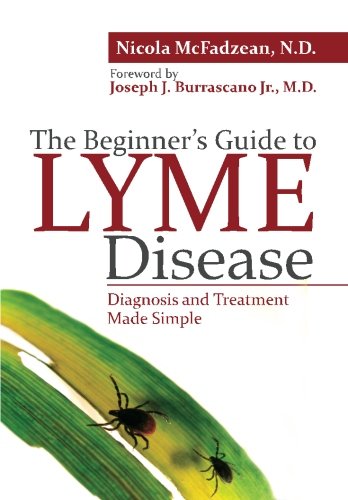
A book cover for The Beginner's Guide to Lyme Disease: Diagnosis and Treatment Made Simple; Nicola McFadzean N.D.; Health, Fitness & Dieting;